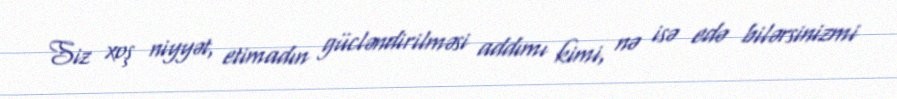
Siz xoş niyyət, etimadın gücləndirilməsi addımı kimi, nə isə edə bilərsinizmi